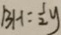
B H = \frac { 1 } { 2 } y